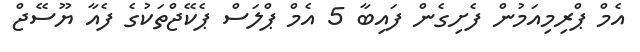
އެމް ޕްރިމިއަމުން ފެށިގެން ފައިބާ 5 އެމް ޕްލަސް ޕެކޭޖްތަކުގެ ފެއާ ޔޫސޭޖް